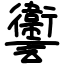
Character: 讏